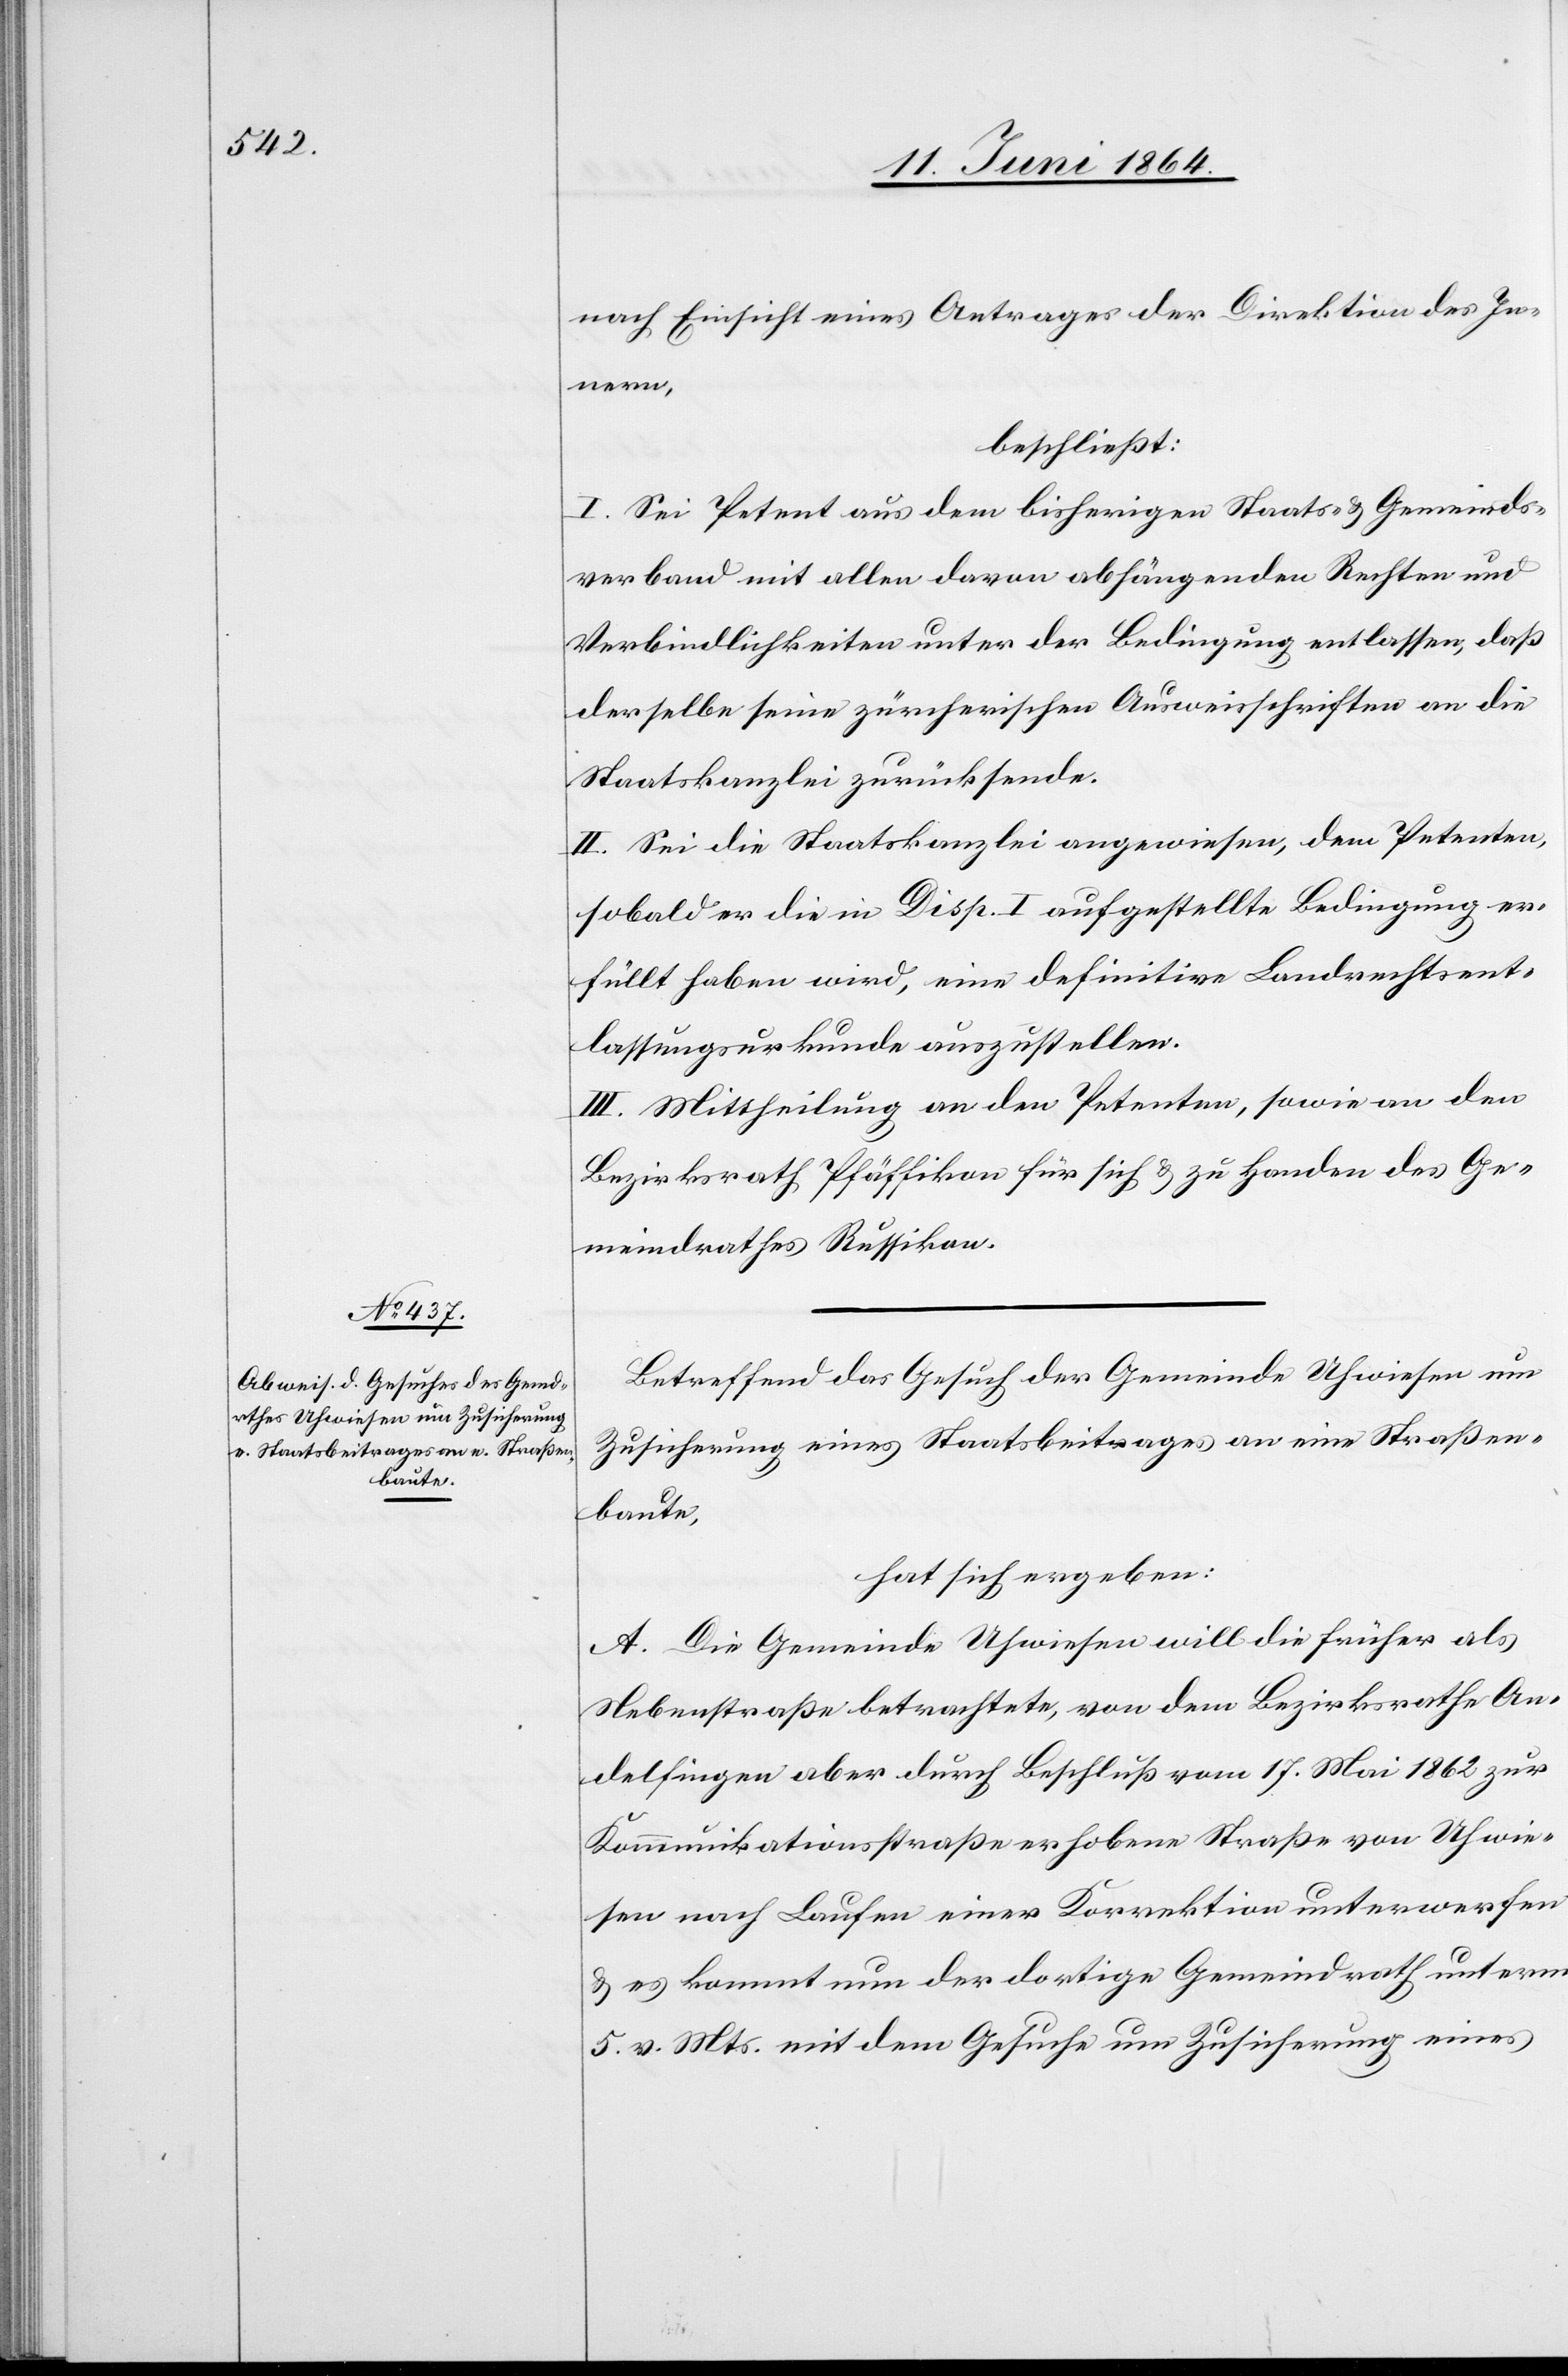
nach Einsicht eines Antrages der Direktion des In¬
nern,
beschließt:
I. Sei Petent aus dem bisherigen Staats- u. Gemeinds¬
verband mit allen davon abhängenden Rechten und
Verbindlichkeiten unter der Bedingung entlassen, daß
derselbe seine zürcherischen Ausweisschriften an die
Staatskanzlei zurücksende.
II. Sei die Staatskanzlei angewiesen, dem Petenten,
sobald er die in Disp. I aufgestellte Bedingung er¬
füllt haben wird, eine definitive Landrechtsent¬
lassungsurkunde auszustellen.
III. Mittheilung an den Petenten, sowie an den
Bezirksrath Pfäffikon für sich u. zu Handen des Ge¬
meindrathes Russikon.
Betreffend das Gesuch der Gemeinde Uhwiesen um
Zusicherung eines Staatsbeitrages an eine Straßen¬
baute,
hat sich ergeben:
A. Die Gemeinde Uhwiesen will die früher als
Nebenstraße betrachtete, von dem Bezirksrathe An¬
delfingen aber durch Beschluß vom 17. Mai 1862 zur
Kommunikationsstraße erhobene Straße von Uhwe¬
isen nach Laufen einer Korrektion unterwerfen
u. es kommt nun der dortige Gemeindrath unterm
5. v. Mts. mit dem Gesuche um Zusicherung eines